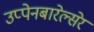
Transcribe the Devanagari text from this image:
उप्पेनबारेल्सेर